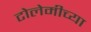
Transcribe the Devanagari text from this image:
टोलेमीच्या